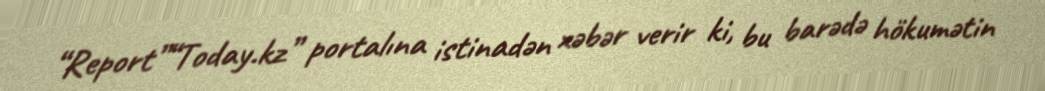
“Report”“Today.kz” portalına istinadən xəbər verir ki, bu barədə hökumətin